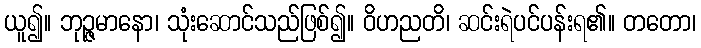
ယူ၍။ ဘုဉ္ဇမာနော၊ သုံးဆောင်သည်ဖြစ်၍။ ဝိဟညတိ၊ ဆင်းရဲပင်ပန်းရ၏။ တတော၊